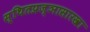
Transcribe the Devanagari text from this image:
स्थितप्रज्ञासारखा